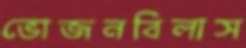
ভোজনবিলাস